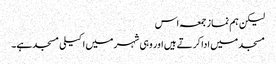
لیکن ہم نماز جمعہ اس
مسجد میں ادا کرتے ہیں اور وہی شہر میں اکیلی مسجدہے۔